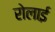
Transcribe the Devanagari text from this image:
रोलाई